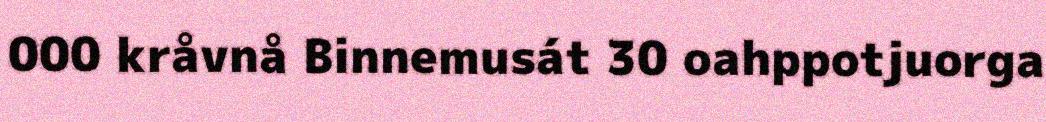
000 kråvnå Binnemusát 30 oahppotjuorga